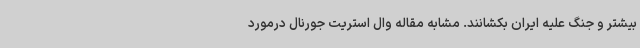
بیشتر و جنگ علیه ایران بکشانند. مشابه مقاله وال استریت جورنال درمورد